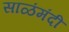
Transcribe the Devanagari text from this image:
साळंमंदी